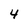
Character: 4